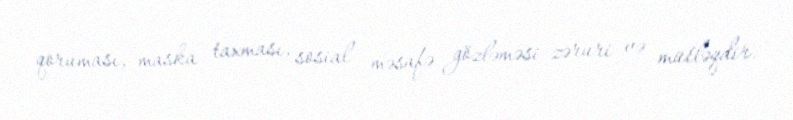
qoruması, maska taxması, sosial məsafə gözləməsi zəruri və mütləqdir.